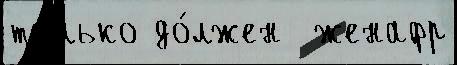
то́лько до́лжен  женафр